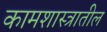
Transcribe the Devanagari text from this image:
कामशास्त्रातील